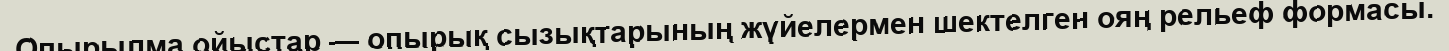
Опырылма ойыстар — опырық сызықтарының жүйелермен шектелген ояң рельеф формасы.